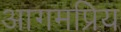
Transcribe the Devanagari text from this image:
आगमप्रिय